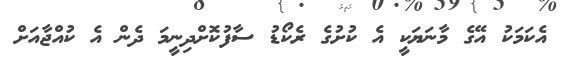
އެކަމަކު އޭގެ މާނަޔަކީ އެ ކުށުގެ ރެކޯޑު ސާފުކޮށްދިނީމަ ދެން އެ ކުއްޖާއަށް